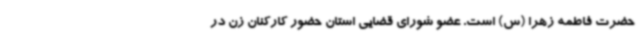
حضرت فاطمه زهرا (س) است. عضو شورای قضایی استان حضور کارکنان زن در